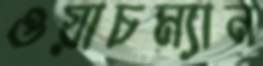
ওয়াচম্যান